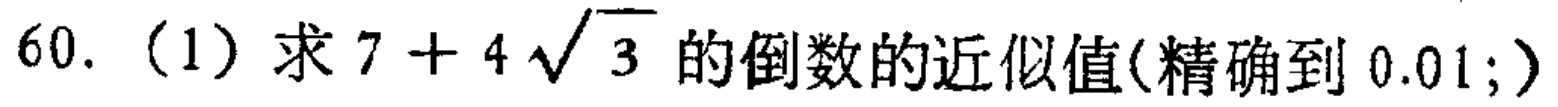
60.（1）求\(7 + 4\sqrt{3}\)的倒数的近似值(精确到\(0.01\);)